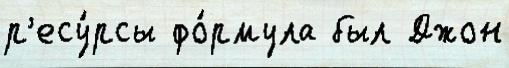
р'есу́рсы фо́рмула был Джон